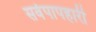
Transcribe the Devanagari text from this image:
सर्वपापहारी